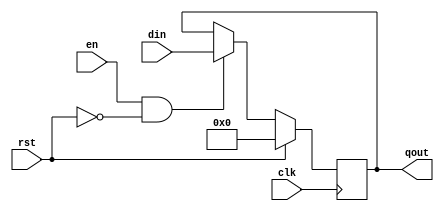
/*--  *******************************************************
--  Computer Architecture Course, Laboratory Sources 
--  Amirkabir University of Technology (Tehran Polytechnic)
--  Department of Computer Engineering (CE-AUT)
--  https://ce[dot]aut[dot]ac[dot]ir
--  *******************************************************
--  All Rights reserved (C) 2019-2020
--  *******************************************************
--  Student ID  : 9829039	
--  Student Name: Pouya Mohammadi
--  Student Mail: pouyamohammadyirbu@gmail.com
--  *******************************************************
--  Additional Comments:
--
--	Teamate information:
--	Mehran Aksari
--	9831007
--*/


`timescale 1ns / 1ps
module register_4(

	input        rst ,
	input        clk ,
	input        en ,
	input  [3:0] din ,
	output reg [3:0] qout
);
	always @ (posedge clk) begin
		if (en && ~rst) qout = din;
		
		if (rst) qout = 4'b0000;
	end

endmodule